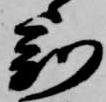
刻